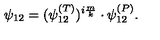
\psi _ { 1 2 } = ( \psi _ { 1 2 } ^ { ( T ) } ) ^ { i \frac { m } { k } } \cdot \psi _ { 1 2 } ^ { ( P ) } .